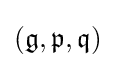
({\mathfrak {g}},{\mathfrak {p}},{\mathfrak {q}})